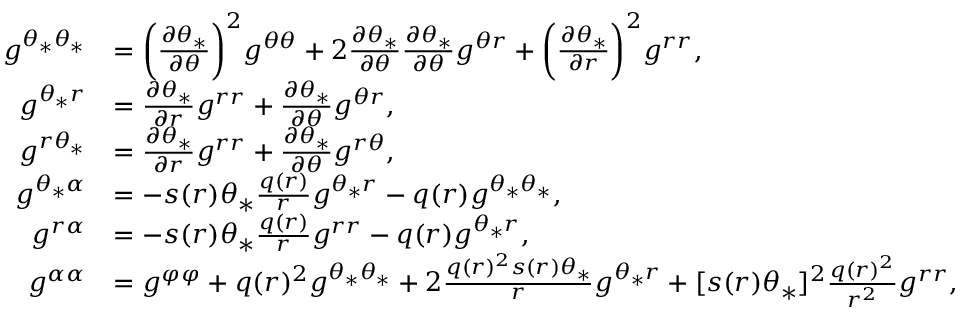
\begin{array} { r l } { g ^ { \theta _ { * } \theta _ { * } } } & { = \bigg ( \frac { \partial \theta _ { * } } { \partial \theta } \bigg ) ^ { 2 } g ^ { \theta \theta } + 2 \frac { \partial \theta _ { * } } { \partial \theta } \frac { \partial \theta _ { * } } { \partial \theta } g ^ { \theta r } + \bigg ( \frac { \partial \theta _ { * } } { \partial r } \bigg ) ^ { 2 } g ^ { r r } , } \\ { g ^ { \theta _ { * } r } } & { = \frac { \partial \theta _ { * } } { \partial r } g ^ { r r } + \frac { \partial \theta _ { * } } { \partial \theta } g ^ { \theta r } , } \\ { g ^ { r \theta _ { * } } } & { = \frac { \partial \theta _ { * } } { \partial r } g ^ { r r } + \frac { \partial \theta _ { * } } { \partial \theta } g ^ { r \theta } , } \\ { g ^ { \theta _ { * } \alpha } } & { = - s ( r ) \theta _ { * } \frac { q ( r ) } { r } g ^ { \theta _ { * } r } - q ( r ) g ^ { \theta _ { * } \theta _ { * } } , } \\ { g ^ { r \alpha } } & { = - s ( r ) \theta _ { * } \frac { q ( r ) } { r } g ^ { r r } - q ( r ) g ^ { \theta _ { * } r } , } \\ { g ^ { \alpha \alpha } } & { = g ^ { \varphi \varphi } + q ( r ) ^ { 2 } g ^ { \theta _ { * } \theta _ { * } } + 2 \frac { q ( r ) ^ { 2 } s ( r ) \theta _ { * } } { r } g ^ { \theta _ { * } r } + [ s ( r ) \theta _ { * } ] ^ { 2 } \frac { q ( r ) ^ { 2 } } { r ^ { 2 } } g ^ { r r } , } \end{array}